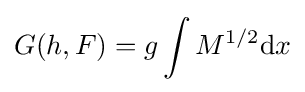
G(h,F)=g\int M^{1/2}{\mbox{d}}x